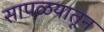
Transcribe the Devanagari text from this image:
सापळयातून